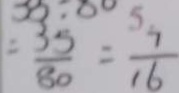
= \frac { 3 5 } { 8 0 } = \frac { 7 } { 1 6 }